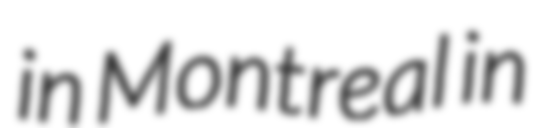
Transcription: in Montreal in